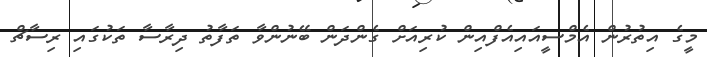
މީގެ އިތުރުން އެމްސީއައިއެފްއިން ކުރިއަށް ގެންދަން ބޭނުންވާ ތަފާތު ދިރާސާ ތަކުގައި ރިސާޗް